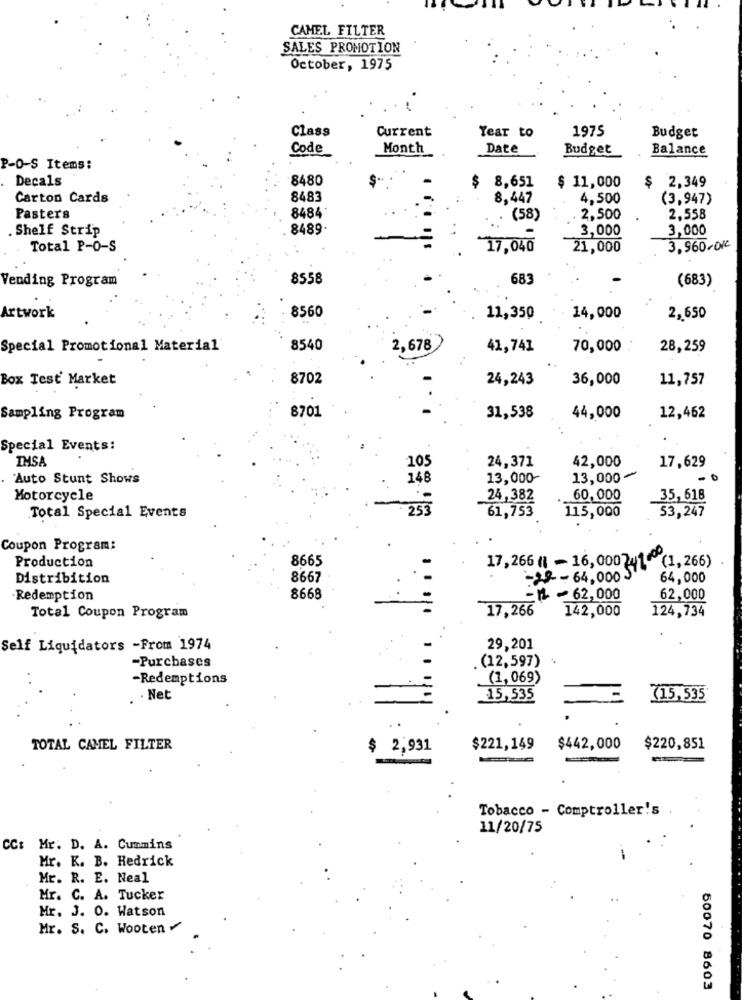
CAMEL FILTER
SALES PROMOTION
October, 1975
Class
Current
1975
Year to
Budget
Code
Month
Date
Budget
Balance
P-O-S Items:
Decals
8480
$
8,651
2,349
$ 11,000
$
Carton Cards
8483
8,447
4.500
(3,947)
8484.
Pasters
(58)
. 2,500
2,558
.Shelf Strip
8489.
3,000
3,000
Total P-0-S
17,040
21,000
3,960-0K
Vending Program
8558
683
(683)
Artwork
8560
11,350
14,000
2,650
Special Promotional Material'
8540
2,678
41,741
70,000
28,259
Box Test' Market
8702
24,243
36,000
11,757
8701
Sampling Program
31,538
44,000
12,462
Special Events:
IMSA
42,000
105
24,371
17,629
Auto Stunt Shows
148
13,000-
13,000
- 1
Motorcycle
24,382
60,000
35,618
253
61,753
Total Special Events
115,000
53,247
Coupon Program:
Production
8665
17,266(1 -16,000710
(1, 266)
Distribition
8667
-22 - 64,000 3
64,000
Redemption
8668
-
-₩ ~62,000
62,000
17,266
142,000
124,734
Total Coupon Program
Self Liquidators -From 1974
29,201
(12,597)
-Purchases
-Redemptions
(1, 069)
--
. Net
15,535
(15,535
TOTAL CAMEL FILTER
$
2,931
$221,149
$442,000
$220,851
Tobacco - Comptroller's
11/20/75
CC: Mr. D. A. Cummins
Mr. K. B. Hedrick
Mr. R. E. Neal
Mr. C. A. Tucker
Mr. 3. 0. Watson
Mr. S. C. Wooten
50070 8603